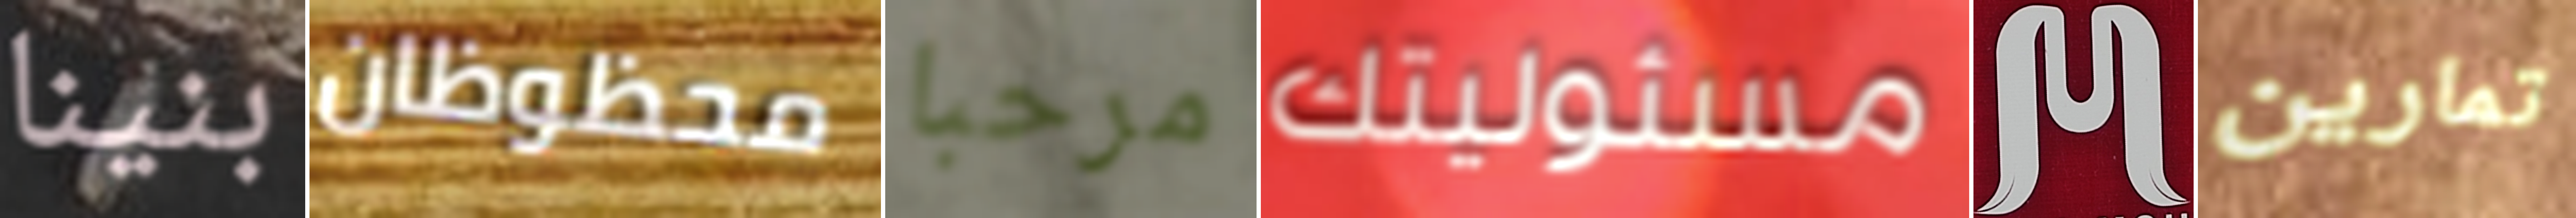
بنينا محظوظان مرحبا مسئوليتك M تمارين